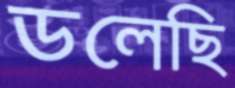
ডলেছি